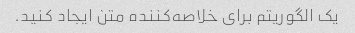
یک الگوریتم برای خلاصه‌کننده متن ایجاد کنید.